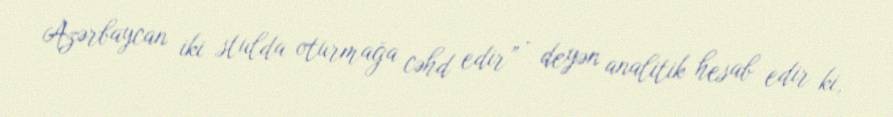
Azərbaycan iki stulda oturmağa cəhd edir” - deyən analitik hesab edir ki,